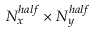
N _ { x } ^ { h a l f } \times N _ { y } ^ { h a l f }